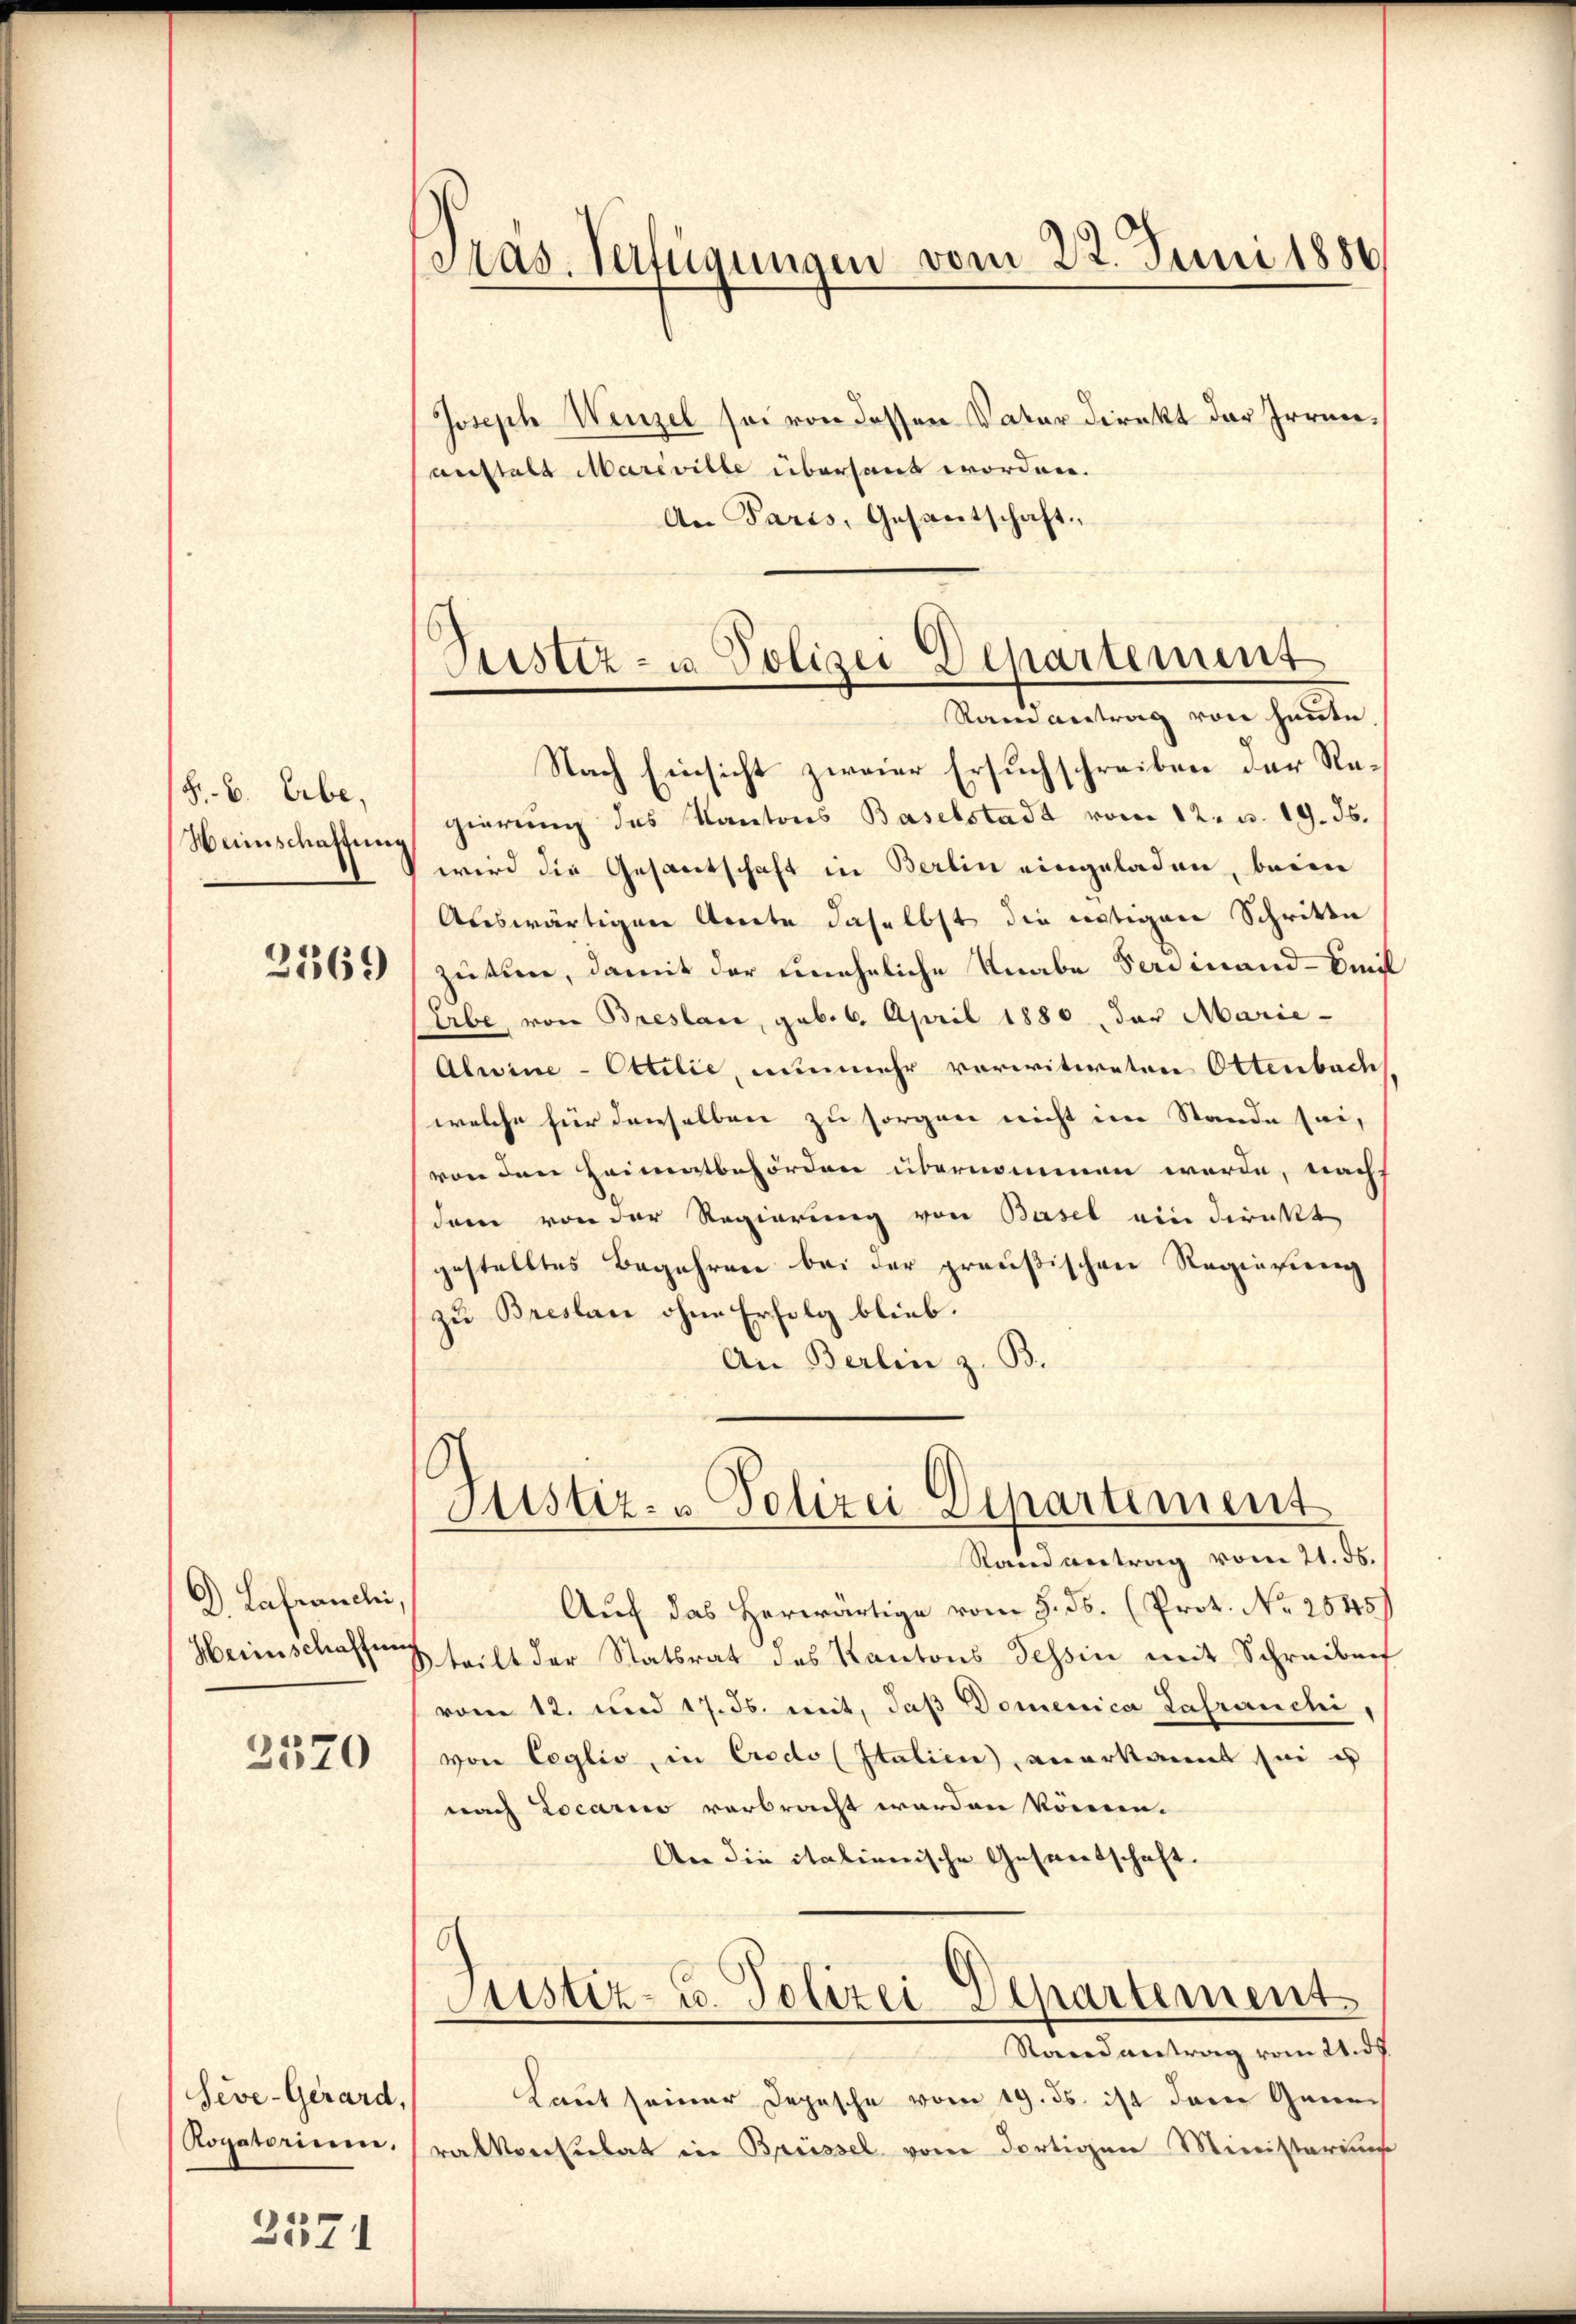
F. B. Erbe,
Weinschaffung

2369

D. Lafranchi,
Heimschaffung

2320

Seve-Gerard,
Rogatorium.

2371

Pas. Verfügungen vom 22. Juni 1886

Pristiz- u. Polizei Departement
Ramantrag von heute
Nach Einsicht zweier Ersuchschreiben der Re¬

Justiz- & Polizei Departement

Joseph Wenzel sei von dessen Vater direkt der Irrenanstalt Mareville übersaut worden.
An Paris, Gesantschaft
gierung des Kantons Baselstadt vom 12. u. 19. ds.
wird die Gesantschaft in Berlin eingeladen, beim
Auswärtigen Amte daselbst die nötigen Schritte
züten, damit der uneheliche Knabe Ferdinand - Emil
ibe, von Breslau, geb. 6. April 1880, der Marie-
Alwine-Ottilie, nunmehr vorwitweten Ottenbach
welche für denselben zu sorgen nicht im Stande sei,
von den Heimatbehörden übernommen werde, nach
dem von der Regierung von Basel ein direkt
gestelltes Begehren bei der preußischen Regierung
zu Breslau ohne Erfolg blieb.
An Berlin z. B.

Rand vetrag vom 21. 56.
Auf das Herwärtige vom 9. ds. (Prot. No 2545)
teilt der Statsrat des Kantons Tessin mit Schreiben
vom 12. und 17. ds. mit, daß Domenica Lafranchi,
von Coglio, in Credo (Italien anerkannt sei es
nach Locario verbracht werden könne.
An die italienische Gesandtschaft.
Justiz- u. Polizei Departement
Randantrag vom 21. ds.
Laut seiner Depesche vom 19. ds. ist den Generalkonsulat in Brüssel vom dortigen Ministeriums